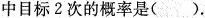
中目标2次的概率是().